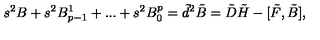
s ^ { 2 } B + s ^ { 2 } B _ { p - 1 } ^ { 1 } + . . . + s ^ { 2 } B _ { 0 } ^ { p } = \tilde { d } ^ { 2 } \tilde { B } = \tilde { D } \tilde { H } - [ \tilde { F } , \tilde { B } ] ,